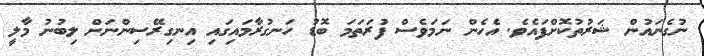
ނުގެނައުން ޝަރުތުކޮށްފައެވެ. އެހެން ނަމަވެސް ފުރަތަމަ ބޮޑު ހަނގުރާމައިގައި އިނގިރޭސިންނަށް ލިބުނު މާލީ